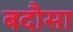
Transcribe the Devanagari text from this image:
बदौसा